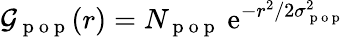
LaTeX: \mathcal{G}_{\mathrm{{~p~o~p~}}}(r)=N_{\mathrm{{~p~o~p~}}}\: \mathrm{{e}}^{-r^{2}/2\sigma_{\mathrm{{~p~o~p~}}}^{2}}